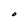
Character: O